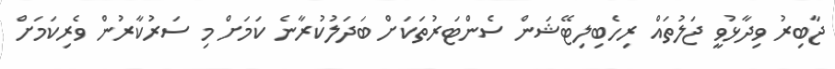
ޖާބިރު ވިދާޅުވީ ޖަލުތައް ރިހެބިލިޓޭޝަން ސެންޓަރުތަކަށް ބަދަލުކުރާނެ ކަމަށް މި ސަރުކާރުން ވެރިކަމަށް